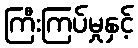
ကြီးကြပ်မှုနှင့်